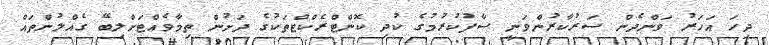
ދިހަ އަހަރު ވަންދެން ސަރުކާރުންވަނީ ސާފުކުރުމުގެ ކުދި ކޮންޓްރެކްޓްތަކުގެ ދަށުން ތިމާވެއްޓަށްލިބޭ ގެއްލުންތައް